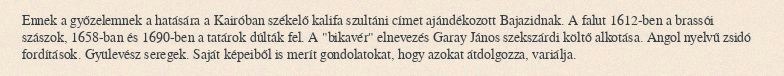
Ennek a győzelemnek a hatására a Kairóban székelő kalifa szultáni címet ajándékozott Bajazidnak. A falut 1612-ben a brassói szászok, 1658-ban és 1690-ben a tatárok dúlták fel. A "bikavér" elnevezés Garay János szekszárdi költő alkotása. Angol nyelvű zsidó fordítások. Gyülevész seregek. Saját képeiből is merít gondolatokat, hogy azokat átdolgozza, variálja.